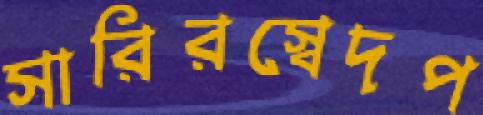
সারিরস্বেদপ